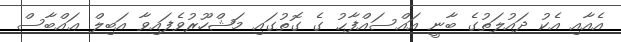
އެއާއި އެކު ދައުލަތުގެ ބާނީ އައްސައްފާޙު ގެ ގޮތުގައި މަޝްހޫރުވެފައިވާ އަބިލް ޢައްބާސް